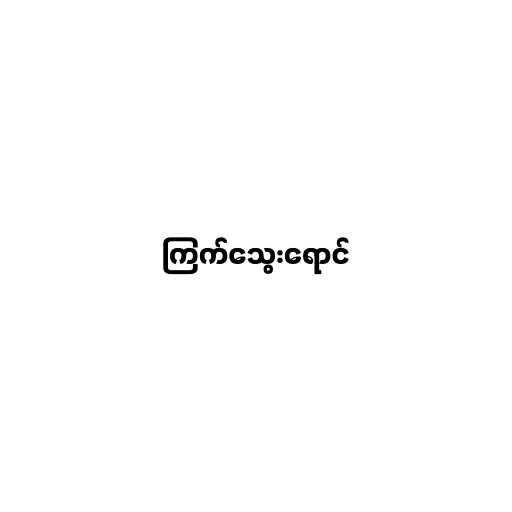
ကြက်သွေးရောင်